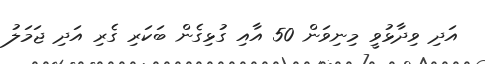
އަދި ވިދާޅުވީ މިނިވަން 50 އާއި ގުޅިގެން ބަކަރި ގެރި އަދި ޖަމަލު